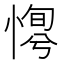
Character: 𢞛